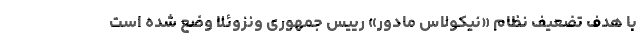
با هدف تضعیف نظام «نیکولاس مادور» رییس جمهوری ونزوئلا وضع شده است